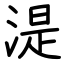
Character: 湜